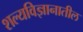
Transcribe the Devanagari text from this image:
शल्यविज्ञानातील